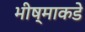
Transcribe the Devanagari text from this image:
भीष्माकडे